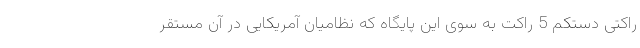
راکتی دستکم 5 راکت به سوی این پایگاه که نظامیان آمریکایی در آن مستقر